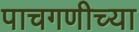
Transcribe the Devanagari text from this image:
पाचगणीच्या